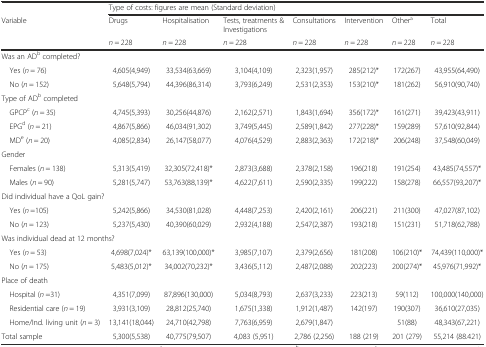
<table><thead><tr><td></td><td colspan="7"><b>Type of costs: figures are mean (Standard deviation)</b></td></tr><tr><td rowspan="2"><b>Variable</b></td><td><b>Drugs</b></td><td><b>Hospitalisation</b></td><td><b>Tests, treatments &amp; Investigations</b></td><td><b>Consultations</b></td><td><b>Intervention</b></td><td><b>Other<sup>a</sup></b></td><td><b>Total</b></td></tr><tr><td><b><i>n</i> = 228</b></td><td><b><i>n</i> = 228</b></td><td><b><i>n</i> = 228</b></td><td><b><i>n</i> = 228</b></td><td><b><i>n</i> = 228</b></td><td><b><i>n</i> = 228</b></td><td><b><i>n</i> = 228</b></td></tr></thead><tbody><tr><td colspan="8">Was an AD<sup>b</sup> completed?</td></tr><tr><td> Yes (<i>n</i> = 76)</td><td>4,605(4,949)</td><td>33,534(63,669)</td><td>3,104(4,109)</td><td>2,323(1,957)</td><td>285(212)*</td><td>172(267)</td><td>43,955(64,490)</td></tr><tr><td> No (<i>n</i> = 152)</td><td>5,648(5,794)</td><td>44,396(86,314)</td><td>3,793(6,249)</td><td>2,531(2,353)</td><td>153(210)*</td><td>181(262)</td><td>56,910(90,740)</td></tr><tr><td colspan="8">Type of AD<sup>b</sup> completed</td></tr><tr><td> GPCP<sup>c</sup> (<i>n</i> = 35)</td><td>4,745(5,393)</td><td>30,256(44,876)</td><td>2,162(2,571)</td><td>1,843(1,694)</td><td>356(172)*</td><td>161(271)</td><td>39,423(43,911)</td></tr><tr><td> EPG<sup>d</sup> (<i>n</i> = 21)</td><td>4,867(5,866)</td><td>46,034(91,302)</td><td>3,749(5,445)</td><td>2,589(1,842)</td><td>277(228)*</td><td>159(289)</td><td>57,610(92,844)</td></tr><tr><td> MD<sup>e</sup> (<i>n</i> = 20)</td><td>4,085(2,834)</td><td>26,147(58,077)</td><td>4,076(4,529)</td><td>2,883(2,363)</td><td>172(218)*</td><td>206(248)</td><td>37,548(60,049)</td></tr><tr><td colspan="8">Gender</td></tr><tr><td> Females (<i>n</i> = 138)</td><td>5,313(5,419)</td><td>32,305(72,418)*</td><td>2,873(3,688)</td><td>2,378(2,158)</td><td>196(218)</td><td>191(254)</td><td>43,485(74,557)*</td></tr><tr><td> Males (<i>n</i> = 90)</td><td>5,281(5,747)</td><td>53,763(88,139)*</td><td>4,622(7,611)</td><td>2,590(2,335)</td><td>199(222)</td><td>158(278)</td><td>66,557(93,207)*</td></tr><tr><td colspan="8">Did individual have a QoL gain?</td></tr><tr><td> Yes (<i>n</i> =105)</td><td>5,242(5,866)</td><td>34,530(81,028)</td><td>4,448(7,253)</td><td>2,420(2,161)</td><td>206(221)</td><td>211(300)</td><td>47,027(87,102)</td></tr><tr><td> No (<i>n</i> = 123)</td><td>5,237(5,430)</td><td>40,390(60,029)</td><td>2,932(4,188)</td><td>2,547(2,387)</td><td>193(218)</td><td>151(231)</td><td>51,718(62,788)</td></tr><tr><td colspan="8">Was individual dead at 12 months?</td></tr><tr><td> Yes (<i>n</i> = 53)</td><td>4,698(7,024)*</td><td>63,139(100,000)*</td><td>3,985(7,107)</td><td>2,379(2,656)</td><td>181(208)</td><td>106(210)*</td><td>74,439(110,000)*</td></tr><tr><td> No (<i>n</i> = 175)</td><td>5,483(5,012)*</td><td>34,002(70,232)*</td><td>3,436(5,112)</td><td>2,487(2,088)</td><td>202(223)</td><td>200(274)*</td><td>45,976(71,992)*</td></tr><tr><td colspan="8">Place of death</td></tr><tr><td> Hospital (<i>n</i> =31)</td><td>4,351(7,099)</td><td>87,896(130,000)</td><td>5,034(8,793)</td><td>2,637(3,233)</td><td>223(213)</td><td>59(112)</td><td>100,000(140,000)</td></tr><tr><td> Residential care (<i>n</i> = 19)</td><td>3,931(3,109)</td><td>28,812(25,740)</td><td>1,675(1,338)</td><td>1,912(1,487)</td><td>142(197)</td><td>190(307)</td><td>36,610(27,035)</td></tr><tr><td> Home/Ind. living unit (<i>n</i> = 3)</td><td>13,141(18,044)</td><td>24,710(42,798)</td><td>7,763(6,959)</td><td>2,679(1,847)</td><td></td><td>51(88)</td><td>48,343(67,221)</td></tr><tr><td>Total sample</td><td>5,300(5,538)</td><td>40,775(79,507)</td><td>4,083 (5,951)</td><td>2,786 (2,256)</td><td>188 (219)</td><td>201 (279)</td><td>55,214 (88.421)</td></tr></tbody></table>